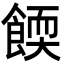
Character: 餪